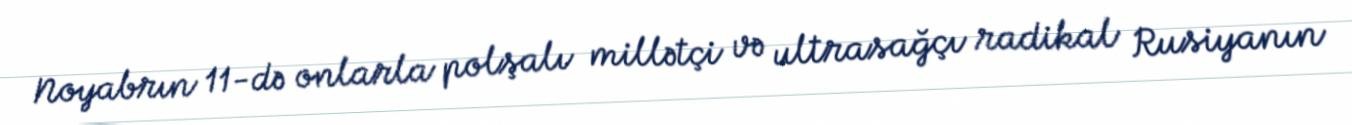
Noyabrın 11-də onlarla polşalı millətçi və ultrasağçı radikal Rusiyanın